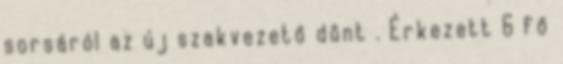
sorsáról az új szakvezető dönt . Érkezett 6 fő